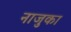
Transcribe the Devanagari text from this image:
नाजुका